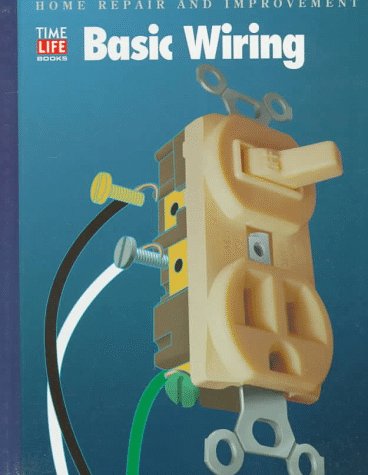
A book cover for Basic Wiring (Home Repair and Improvement, Updated Series); Science & Math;